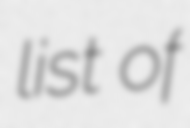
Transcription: list of